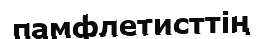
памфлетисттің